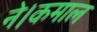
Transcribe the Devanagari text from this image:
ने।कमाल